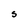
Character: S